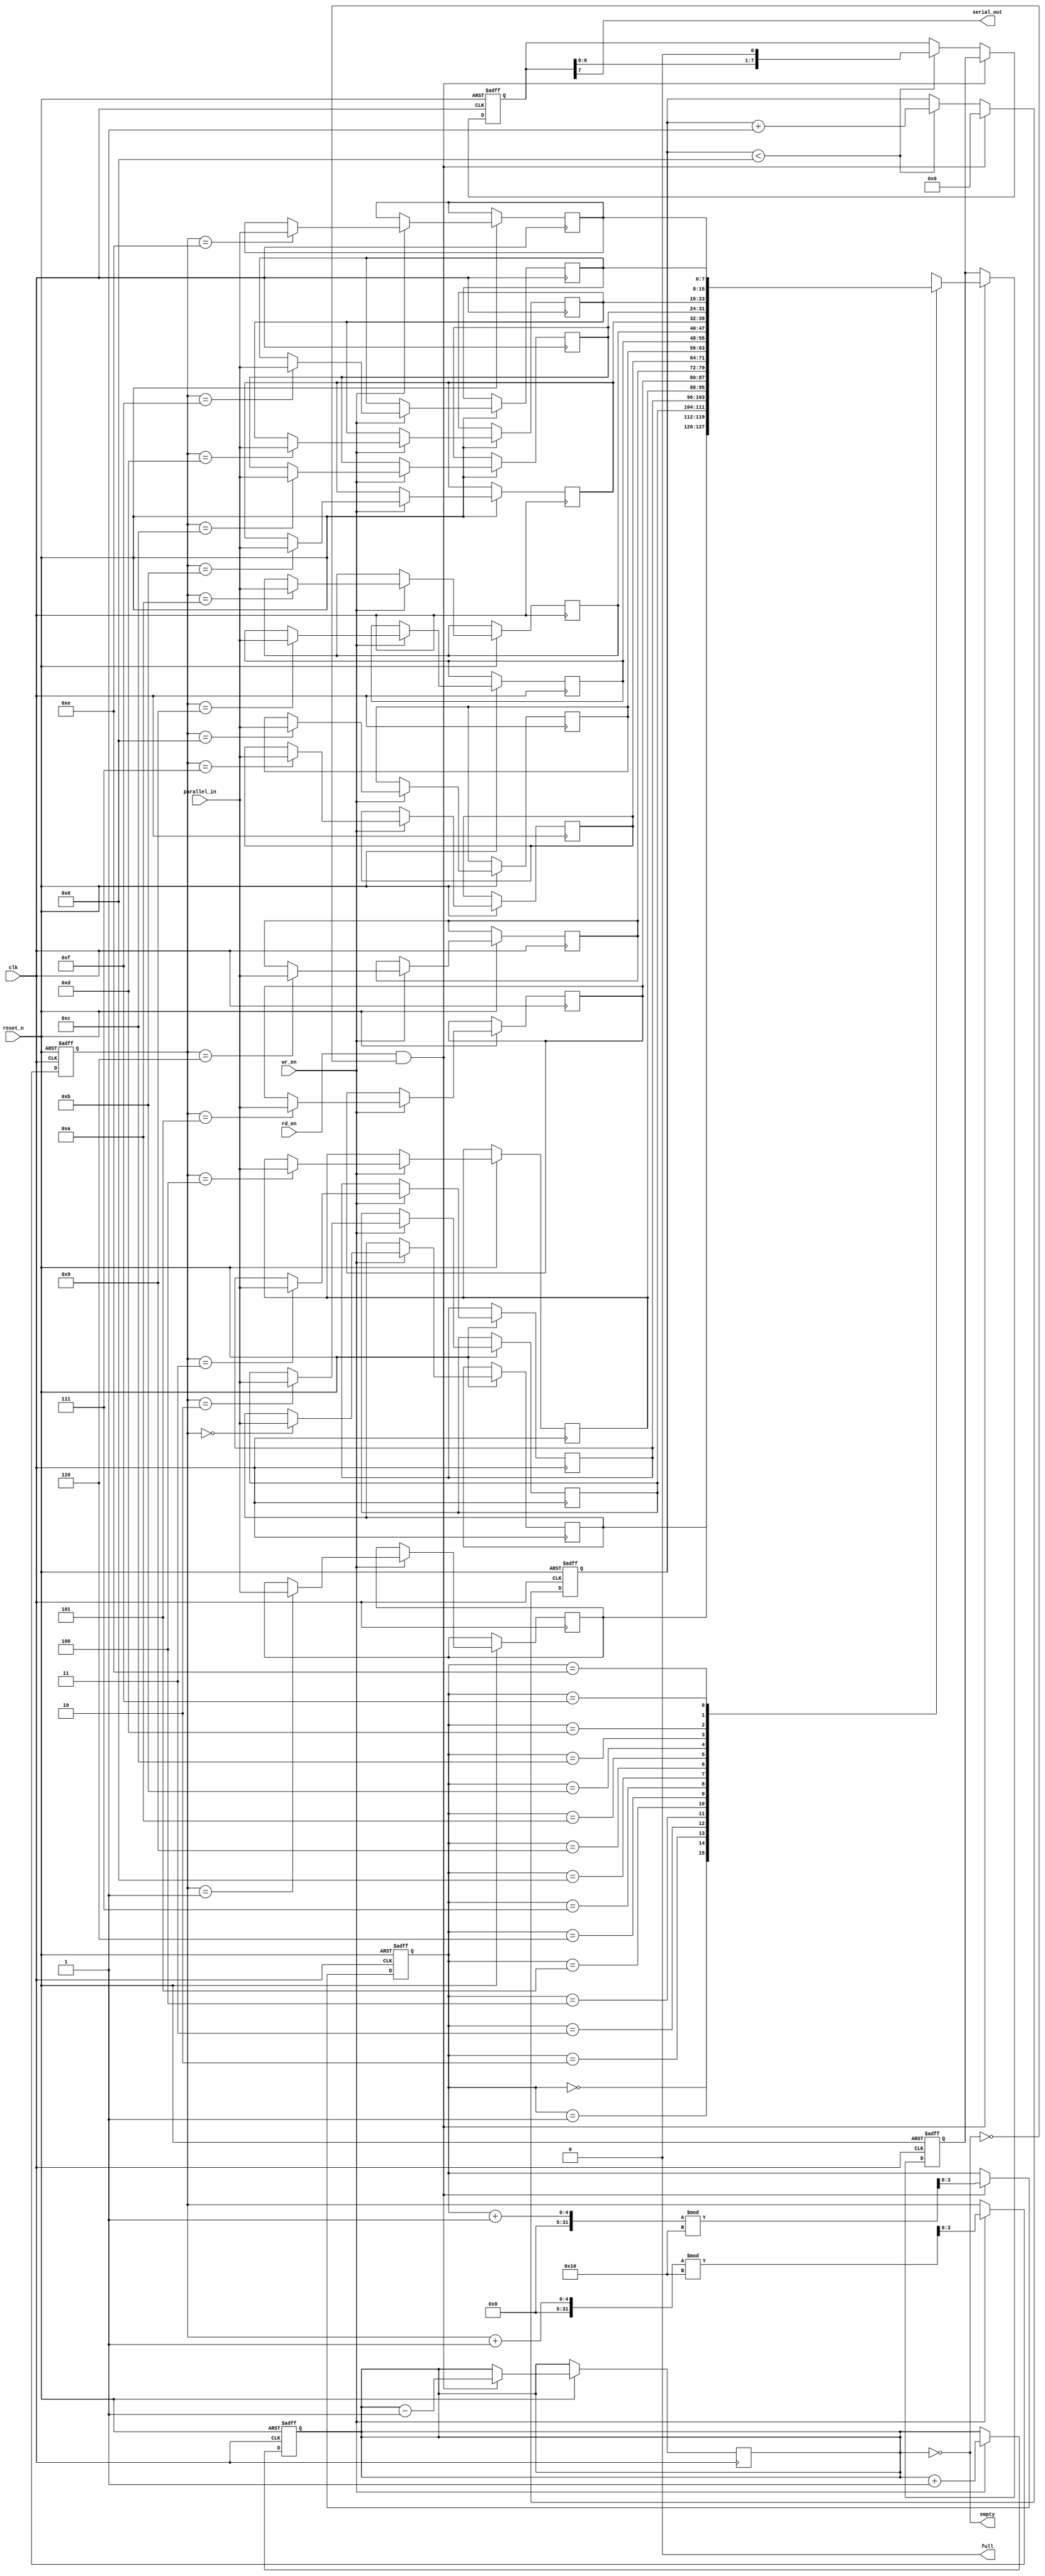
module FIFO_PISO #(
    parameter DATA_WIDTH = 8, // Width of the data input
    parameter DEPTH = 16       // Depth of the FIFO
)(
    input wire clk,            // Clock signal
    input wire reset_n,        // Asynchronous active-low reset
    input wire wr_en,          // Write enable signal
    input wire rd_en,          // Read enable signal
    input wire [DATA_WIDTH-1:0] parallel_in, // Parallel data input
    output wire serial_out,     // Serial output
    output wire full,           // FIFO full flag
    output wire empty           // FIFO empty flag
);

    reg [DATA_WIDTH-1:0] fifo_mem [0:DEPTH-1]; // FIFO storage
    reg [3:0] wr_pointer = 0; // Write pointer
    reg [3:0] rd_pointer = 0; // Read pointer
    reg [3:0] count = 0;      // Number of elements in the FIFO
    reg [DATA_WIDTH-1:0] shift_reg; // Shift register for serial output

    assign full = (count == DEPTH);
    assign empty = (count == 0);

    // Write Logic
    always @(posedge clk or negedge reset_n) begin
        if (!reset_n) begin
            wr_pointer <= 0;
            count <= 0;
        end else if (wr_en && !full) begin
            fifo_mem[wr_pointer] <= parallel_in; // Store input data
            wr_pointer <= (wr_pointer + 1) % DEPTH; // Wrap around
            count <= count + 1; // Increment count
        end
    end

    // Read Logic
    always @(posedge clk or negedge reset_n) begin
        if (!reset_n) begin
            rd_pointer <= 0;
            shift_reg <= 0;
        end else if (rd_en && !empty) begin
            shift_reg <= fifo_mem[rd_pointer]; // Load data to shift register
            rd_pointer <= (rd_pointer + 1) % DEPTH; // Wrap around
            count <= count - 1; // Decrement count
        end
    end

    // Serial Output Logic
    reg [DATA_WIDTH-1:0] serial_shift = 0;
    reg [3:0] bit_index = 0;

    assign serial_out = serial_shift[DATA_WIDTH-1]; // Output the MSB

    always @(posedge clk or negedge reset_n) begin
        if (!reset_n) begin
            serial_shift <= 0;
            bit_index <= 0;
        end else if (rd_en && !empty) begin
            serial_shift <= shift_reg; // Load the shift register with data
            bit_index <= 0; // Reset bit index
        end else if (bit_index < DATA_WIDTH) begin
            serial_shift <= {serial_shift[DATA_WIDTH-2:0], 1'b0}; // Shift left
            bit_index <= bit_index + 1; // Increment bit index
        end
    end

endmodule